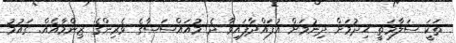
ތަކަީ ސަލާމަތީ ޙިިދުމަށް ދިނުމަށް އުފައްދާފައިވާ ދެ މުއައްސަސާގެ ވެރިންގެ ޒިންމާއެއް. ގައުމު